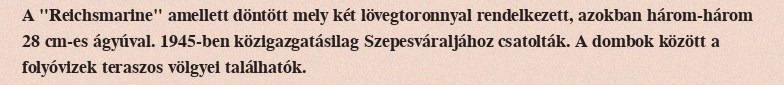
A "Reichsmarine" amellett döntött mely két lövegtoronnyal rendelkezett, azokban három-három 28 cm-es ágyúval. 1945-ben közigazgatásilag Szepesváraljához csatolták. A dombok között a folyóvizek teraszos völgyei találhatók.